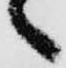
々